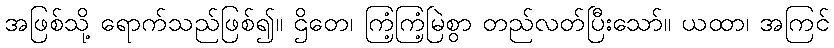
အဖြစ်သို့ ရောက်သည်ဖြစ်၍။ ဌိတေ၊ ကြံ့ကြံ့မြဲစွာ တည်လတ်ပြီးသော်။ ယထာ၊ အကြင်